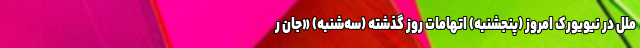
ملل در نیویورک امروز (پنجشنبه) اتهامات روز گذشته (سه‌شنبه) «جان ر